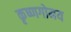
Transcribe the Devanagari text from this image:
कृष्णगोमय